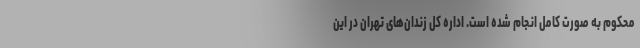
محکوم به صورت کامل انجام شده است. اداره کل زندان‌های تهران در این